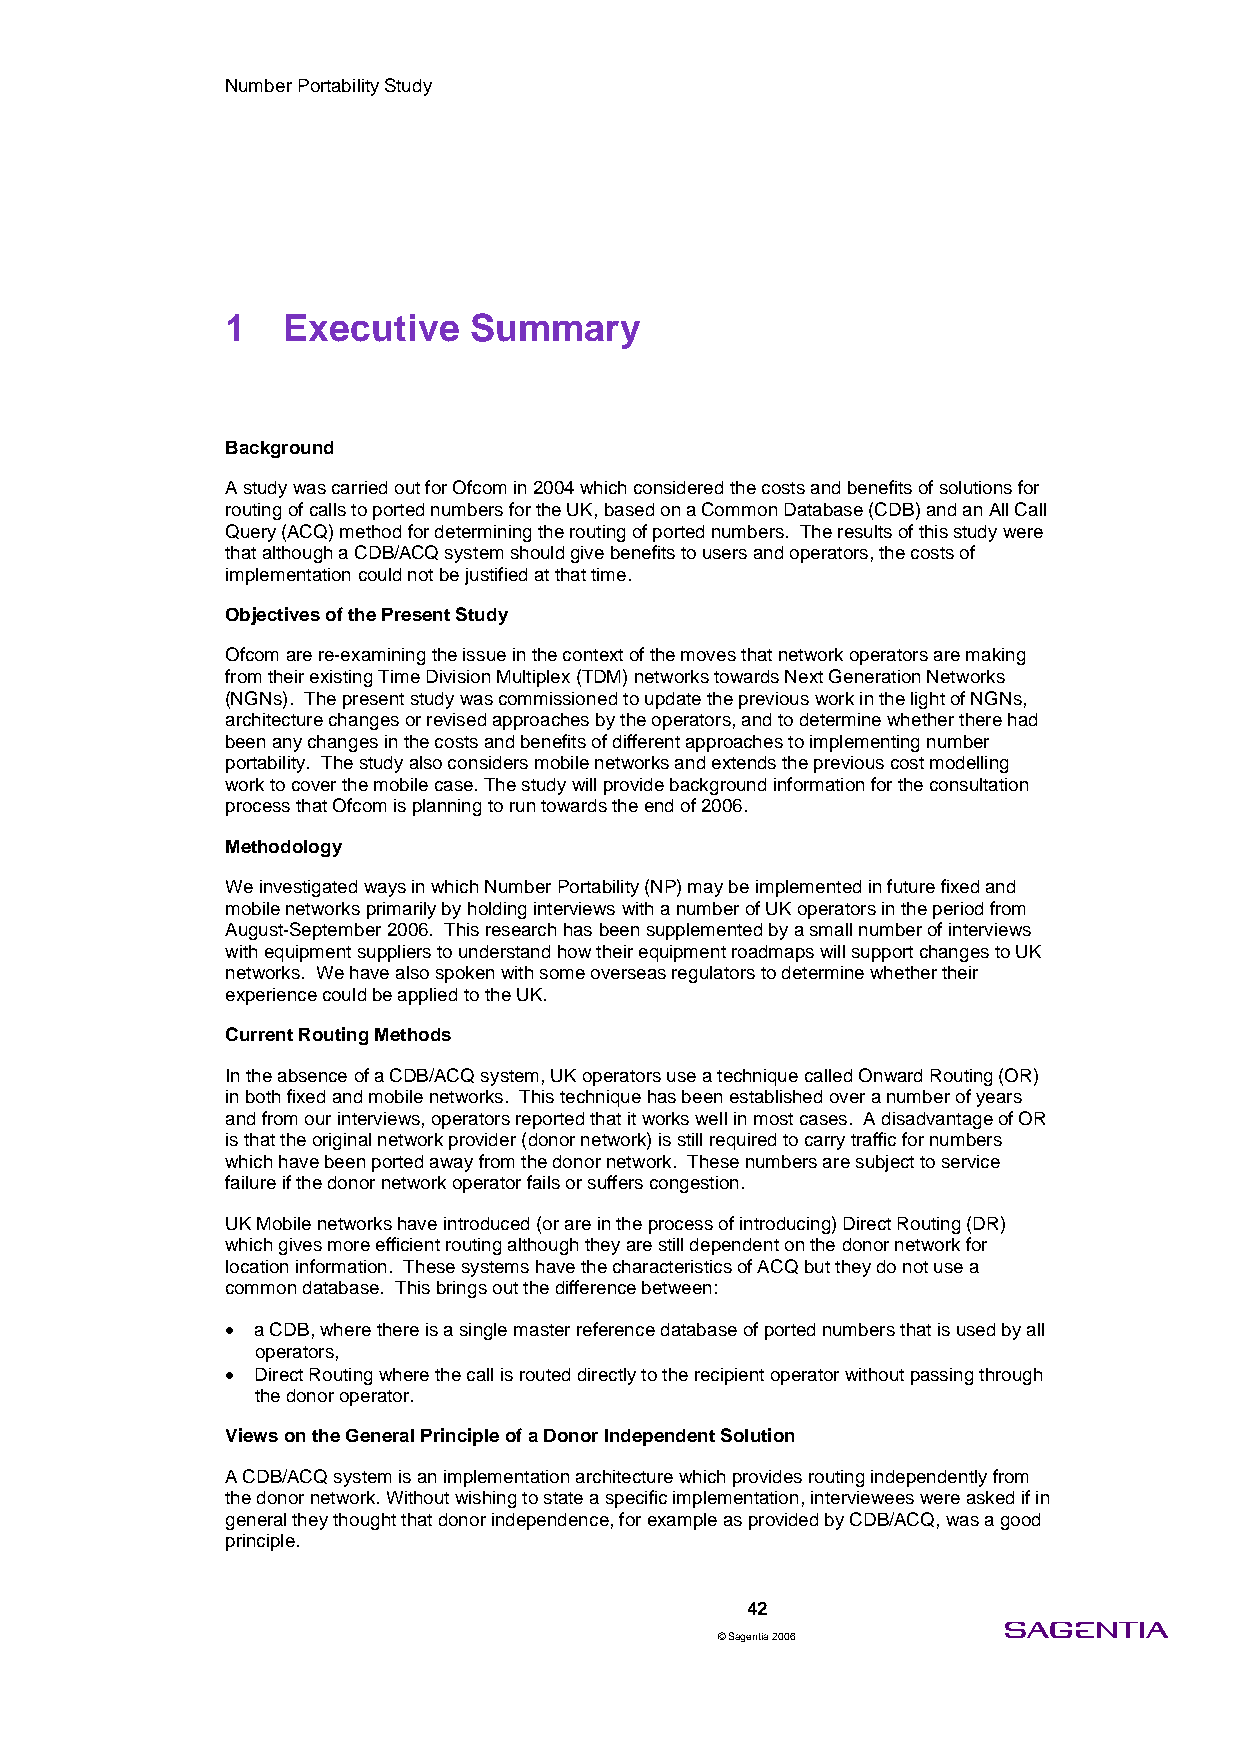
Number Portability Study
 1   Executive   Summary
 Background
 A study was carried out for Ofcom in 2004 which considered the costs and benefits of solutions for
 routing of calls to ported numbers for the UK, based on a Common Database (CDB) and an All Call
 Query (ACQ) method for determining the routing of ported numbers. The results of this study were
 that although a CDB/ACQ system should give benefits to users and operators, the costs of
 implementation could not be justified at that time.
 Objectives of the Present Study
 Ofcom are re-examining the issue in the context of the moves that network operators are making
 from their existing Time Division Multiplex (TDM) networks towards Next Generation Networks
 (NGNs). The present study was commissioned to update the previous work in the light of NGNs,
 architecture changes or revised approaches by the operators, and to determine whether there had
 been any changes in the costs and benefits of different approaches to implementing number
 portability. The study also considers mobile networks and extends the previous cost modelling
 work to cover the mobile case. The study will provide background information for the consultation
 process that Ofcom is planning to run towards the end of 2006.
 Methodology
 We investigated ways in which Number Portability (NP) may be implemented in future fixed and
 mobile networks primarily by holding interviews with a number of UK operators in the period from
 August-September 2006. This research has been supplemented by a small number of interviews
 with equipment suppliers to understand how their equipment roadmaps will support changes to UK
 networks. We have also spoken with some overseas regulators to determine whether their
 experience could be applied to the UK.
 Current Routing Methods
 In the absence of a CDB/ACQ system, UK operators use a technique called Onward Routing (OR)
 in both fixed and mobile networks. This technique has been established over a number of years
 and from our interviews, operators reported that it works well in most cases. A disadvantage of OR
 is that the original network provider (donor network) is still required to carry traffic for numbers
 which have been ported away from the donor network. These numbers are subject to service
 failure if the donor network operator fails or suffers congestion.
 UK Mobile networks have introduced (or are in the process of introducing) Direct Routing (DR)
 which gives more efficient routing although they are still dependent on the donor network for
 location information. These systems have the characteristics of ACQ but they do not use a
 common database. This brings out the difference between:
 • a CDB, where there is a single master reference database of ported numbers that is used by all
 operators,
 • Direct Routing where the call is routed directly to the recipient operator without passing through
 the donor operator.
 Views on the General Principle of a Donor Independent Solution
 A CDB/ACQ system is an implementation architecture which provides routing independently from
 the donor network. Without wishing to state a specific implementation, interviewees were asked if in
 general they thought that donor independence, for example as provided by CDB/ACQ, was a good
 principle.
 42
 © Sagentia 2006